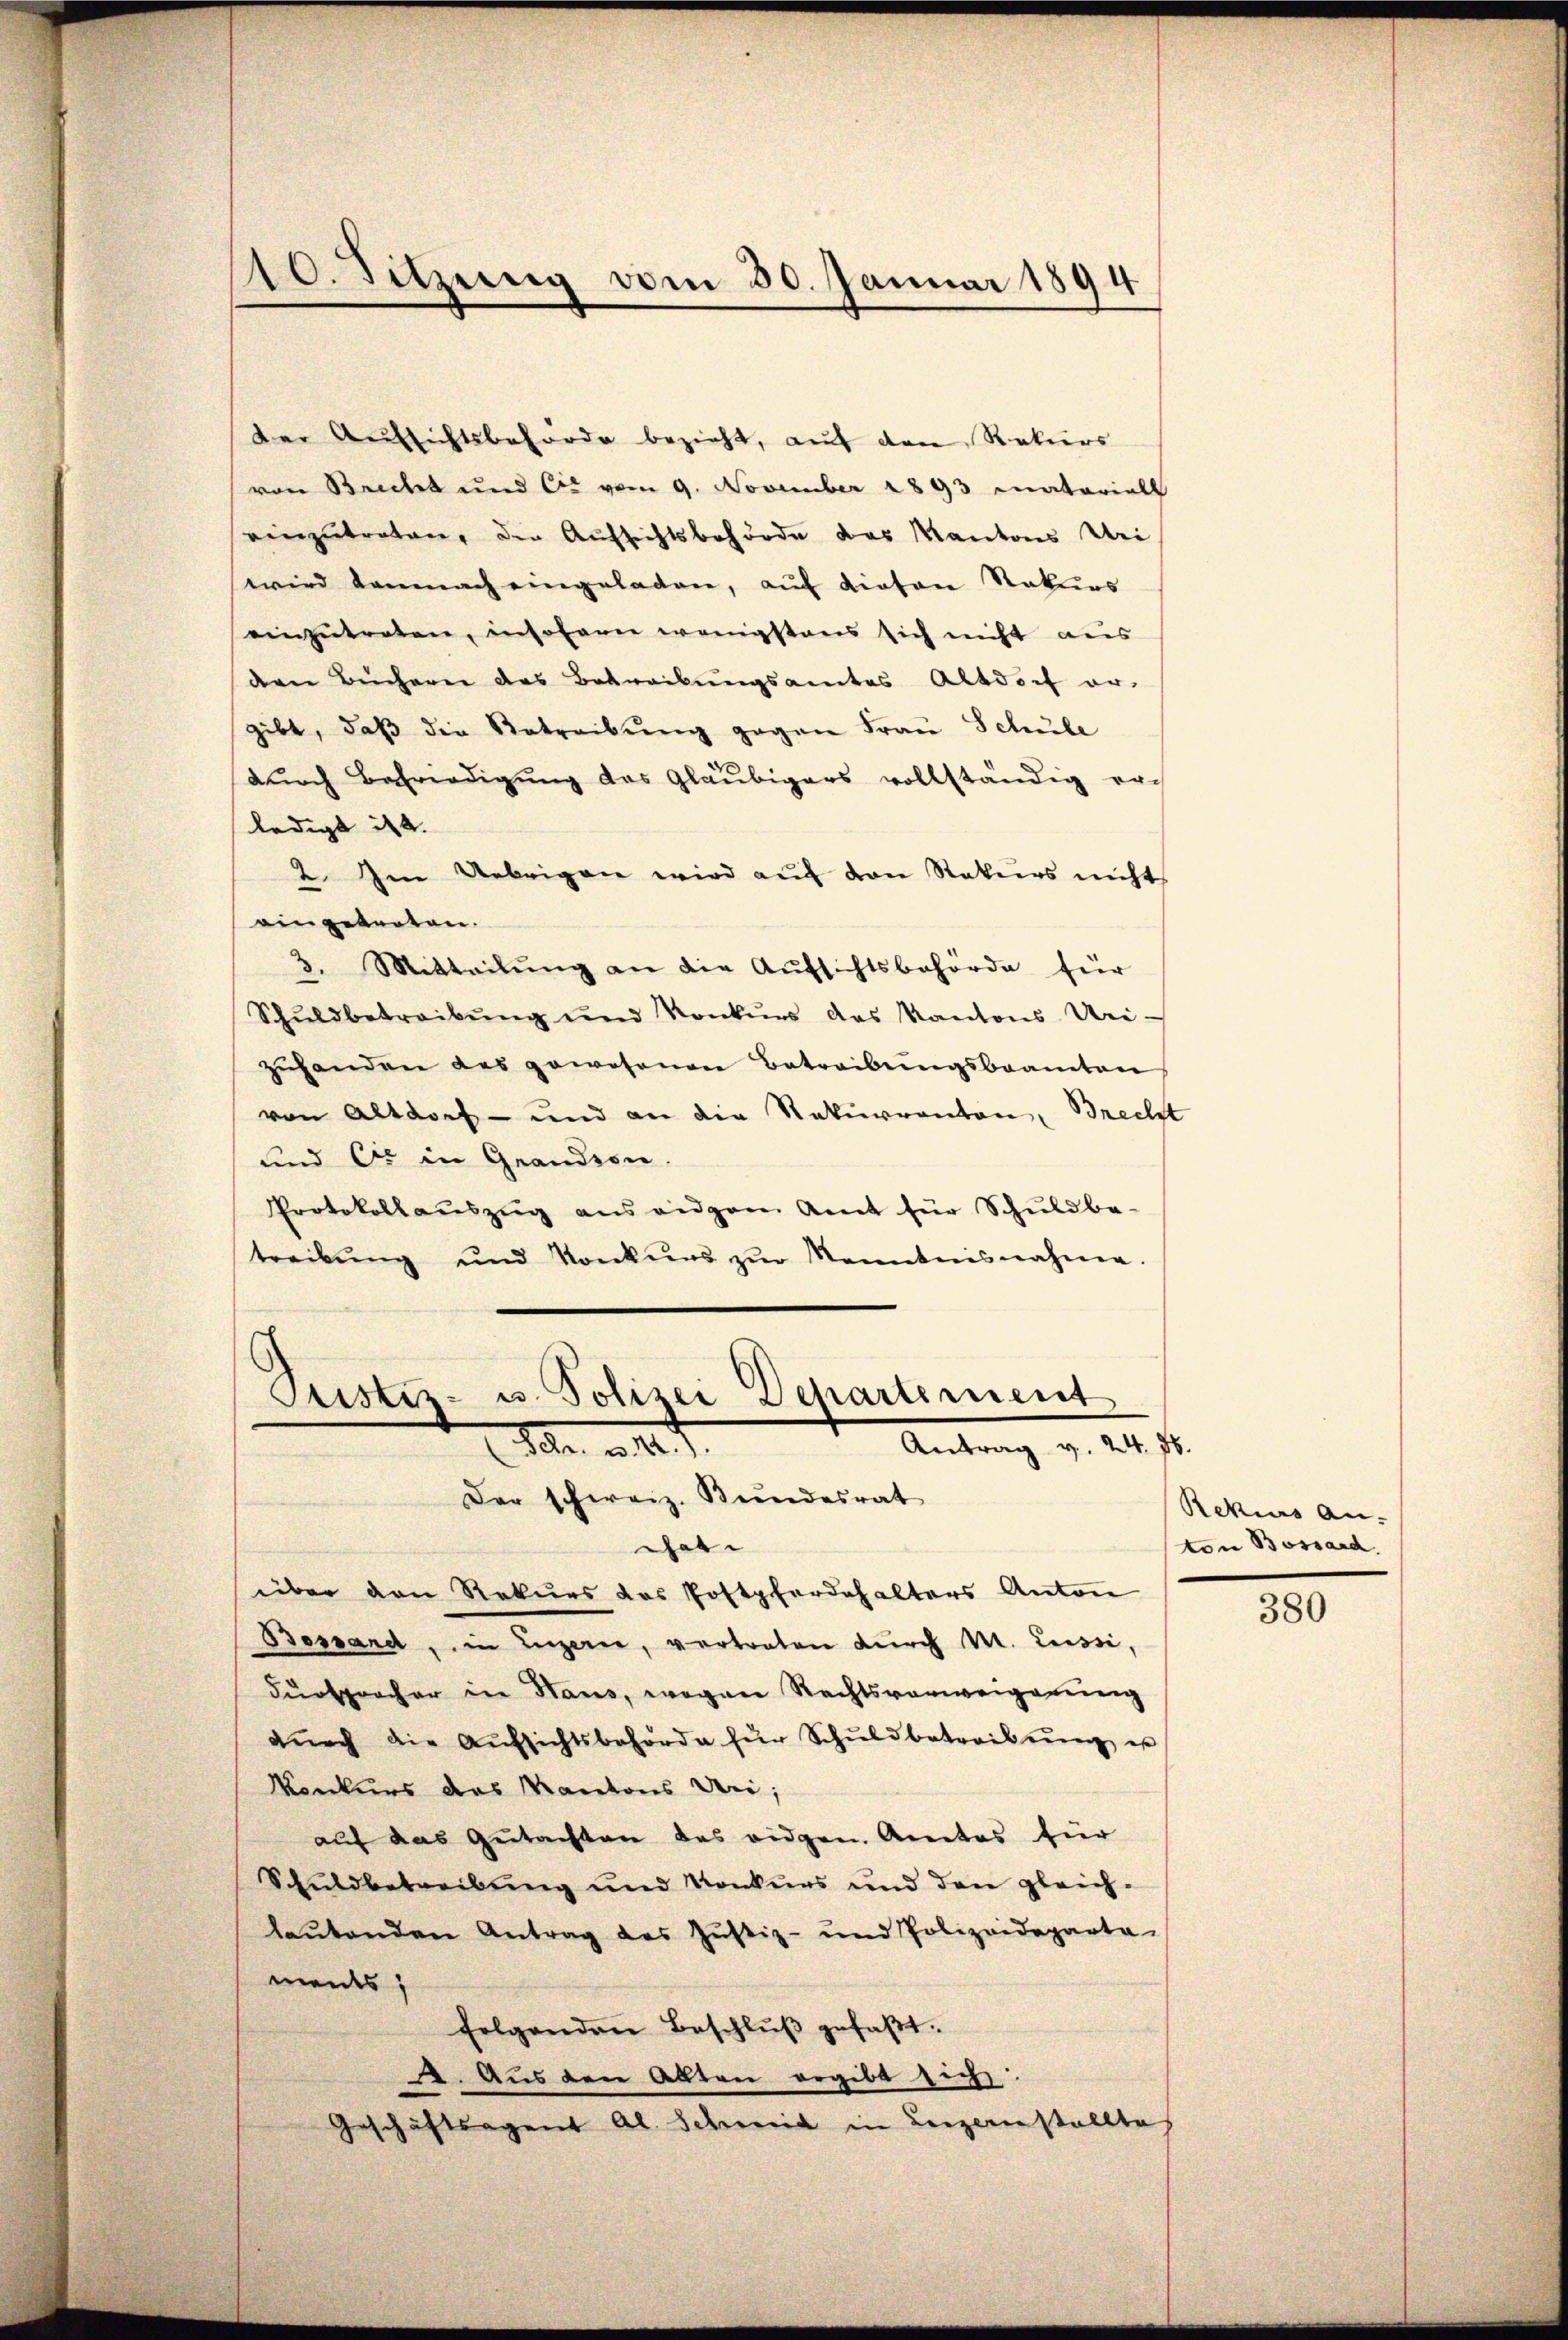
10. Sitzung vom 30. Januar 1894

der Aufsichtsbehörde bezieht, auf den Rekurs
von Bricht und Er vom 9. November 1893 Matariell
einzŭtreten, der Aufsichtsbehörde das Kantons Uri
wird demnach eingeladen, auf dieton Rekurs
einzŭtreten, insofern wenigstens sich nicht aus
den Büchern des Betreibungsamtes Altdorf er-
gibt, daβ die Betreibŭng gegen Frau Schüle
durch Befriedigung des Gläubigers vollständig er-
ledigt ist. |
2. Im Uebrigen wird aŭf den Rekurs nicht
eingetreten.
3. Mitteilŭng an die Aufsichtsbehörde für
Schŭldbetreibŭng und Konkŭrs des Kantons Uri-
zŭhanden das gewesenen Betreibŭngsbeamten
von Altdorf- und an die Rekurrenten, Brecht
und Er in Grandson.
Protokollaŭszŭg ans eidgen Amt für Schŭldba-
treibŭng und Konkŭrs zŭr Kenntnisnahme.

Pustiz- u. Polizei Departement
 M. v. 12. 7.
Antrag v. 24. Jb.
Der schweiz. Bundesrat

Ger.
über den Rekurs das Postpferdehalters Anton
Bossard, in Luzern, vertreten durch M. Lessi,
Fürsprocher in Haus, wegen Rechtsverweigerung
dŭrch die Aŭfsichtsbehörde für Schŭldbetreibŭng es
Konkurs das Kantons Uri,
auf das Gutachten des eidgen. Amtes für
Schuldbetreibung und Konkurs und den gleich-
lautenden Antrag des Justiz- und Polizeideparta
ments;
folgenden Beschlŭβ gefaβt.
22. Aus den Alten ergibt sich:
Geschäftsagent Al. Schmid in Luzernstallte

Rekius An-
ton Bossard.

380